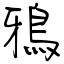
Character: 鴉